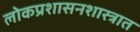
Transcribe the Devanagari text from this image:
लोकप्रशासनशास्त्रात